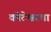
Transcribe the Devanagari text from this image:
कोटेश्वरचा